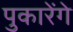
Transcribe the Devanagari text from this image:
पुकारेंगे